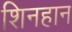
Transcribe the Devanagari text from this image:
शिनहान